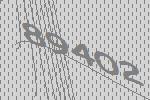
89402